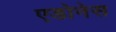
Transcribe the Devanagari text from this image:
एडोनेस